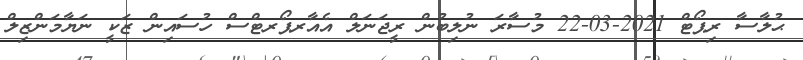
ޙުލާސާ ރިޕޯޓް 2021-03-22 މުސާރަ ނުލިބުން ރީޖަނަލް އެއާރޕޯރޓްސް ހުސައިން ޒަކީ ނަޔާމަންޒިލް